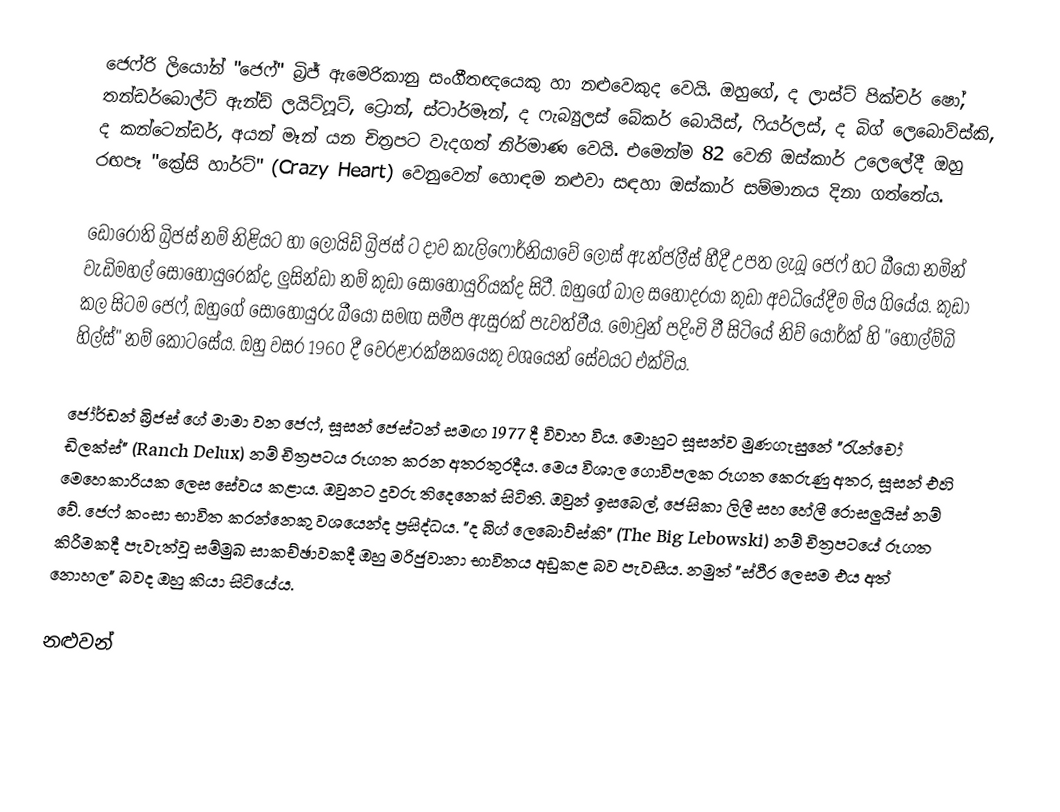
ජෙෆ්රි ලියෝන් "ජෙෆ්" බ්‍රිජ් ඇමෙරිකානු සංගීතඥයෙකු හා නළුවෙකුද වෙයි. ඔහුගේ, ද ලාස්ට් පික්චර් ෂෝ, තන්ඩර්බොල්ට් ඇන්ඩ් ලයිට්ෆූට්, ට්‍රොන්, ස්ටාර්මෑන්, ද  ෆැබ්‍යුලස් බේකර් බොයිස්, ෆියර්ලස්, ද බිග් ලෙබොව්ස්කි, ද කන්ටෙන්ඩර්, අයන් මෑන් යන චිත්‍රපට වැදගත් නිර්මාණ වෙයි. එමෙන්ම 82 වෙනි ඔස්කාර් උලෙලේදී ඔහු රඟපෑ "ක්‍රේසි හාර්ට්" (Crazy Heart) වෙනුවෙන් හොඳම නළුවා සඳහා ඔස්කාර් සම්මානය දිනා ගත්තේය.

ඩොරොති බ්‍රිජස් නම් නිළියට හා ලොයිඩ් බ්‍රිජස් ට දාව කැලිෆෝර්නියාවේ ලොස් ඇන්ජලීස් හීදී උපත ලැබූ ජෙෆ් හට බීයෝ නමින් වැඩිමහල් සොහොයුරෙක්ද, ලුසින්ඩා නම් කුඩා සොහොයුරියක්ද සිටී. ඔහුගේ බාල සහෝදරයා කුඩා අවධියේදීම මිය ගියේය. කුඩා කල සිටම ජෙෆ්, ඔහුගේ සොහොයුරු බීයෝ සමඟ සමීප ඇසුරක් පැවත්වීය. මොවුන් පදිංචි වී සිටියේ නිව් යෝර්ක් හි "හෝල්ම්බි හිල්ස්"  නම් කොටසේය. ඔහු වසර 1960 දී වෙරළාරක්ෂකයෙකු වශයෙන් සේවයට එක්විය.

ජෝර්ඩන් බ්‍රිජස් ගේ මාමා වන ජෙෆ්, සූසන් ජෙස්ටන් සමඟ 1977 දී විවාහ විය. මොහුට සූසන්ව මුණගැසුනේ "රැන්චෝ ඩිලක්ස්" (Ranch Delux) නම් චිත්‍රපටය රූගත කරන අතරතුරදීය. මෙය විශාල ගොවිපලක රූගත කෙරුණු අතර, සූසන් එහි මෙහෙකාරියක ලෙස සේවය කළාය. ඔවුනට දූවරු තිදෙනෙක් සිටිති. ඔවුන් ඉසබෙල්, ජෙසිකා ලිලී සහ හේලී රොසලුයිස් නම් වේ. ජෙෆ් කංසා භාවිත කරන්නෙකු වශයෙන්ද ප්‍රසිද්ධය. "ද බිග් ලෙබොව්ස්කි" (The Big Lebowski) නම් චිත්‍රපටයේ රූගත කිරීමකදී පැවැත්වූ සම්මුඛ සාකච්ඡාවකදී ඔහු මරිජුවානා භාවිතය අඩුකළ බව පැවසීය. නමුත් "ස්ථීර ලෙසම එය අත් නොහල" බවද ඔහු කියා සිටියේය.

නළුවන්